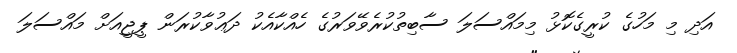
އަދި މި މަހުގެ ކުރީގެކޮޅު މިމައްސަލަ ސާބިތުކުރެވޭވަރުގެ ހެއްކާއެކު ދަޢުވާކުރަން ޕީޖީއަށް މައްސަލަ